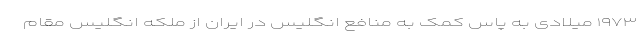
۱۹۷۳ میلادی به پاس کمک به منافع انگلیس در ایران از ملکه انگلیس مقام